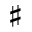
\sharp